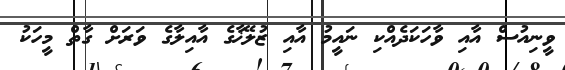
ވީނިއުސް އާއި ވާހަކަދެއްކި ނައީމު އާއި ޒުލޭޚާގެ އާއިލާގެ ވަރަށް ގާތް މީހަކު